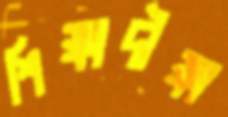
শিক্ষাদীক্ষা